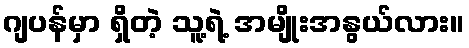
ဂျပန်မှာ ရှိတဲ့ သူ့ရဲ့ အမျိုးအနွယ်လား။